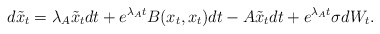
\begin{align*} d \tilde{x}_t = \lambda_A \tilde{x}_t dt + e^{\lambda_A t}B(x_t,x_t)dt - A\tilde{x}_t dt + e^{\lambda_A t}\sigma dW_t.\end{align*}